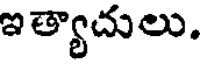
ఇత్యాచులు.